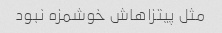
مثل پیتزاهاش خوشمزه نبود